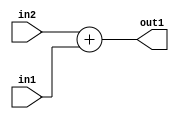
`timescale 1ps / 1ps
/*****************************************************************************
    Verilog RTL Description
    
    
    Created by: Stratus DpOpt 2019.1.01 
*******************************************************************************/

module st_weight_addr_gen_Add_16Ux8U_16U_4_14 (
	in2,
	in1,
	out1
	); /* architecture "behavioural" */ 
input [15:0] in2;
input [7:0] in1;
output [15:0] out1;
wire [15:0] asc001;

assign asc001 = 
	+(in2)
	+(in1);

assign out1 = asc001;
endmodule

/* CADENCE  ubL1Qg0= : u9/ySgnWtBlWxVPRXgAZ4Og= ** DO NOT EDIT THIS LINE ******/